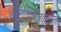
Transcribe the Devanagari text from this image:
मोरोक्कोजवळील